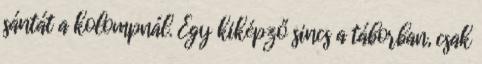
sántát a kolompnál. Egy kiképző sincs a táborban, csak